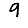
Digit: 9